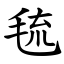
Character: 㲙